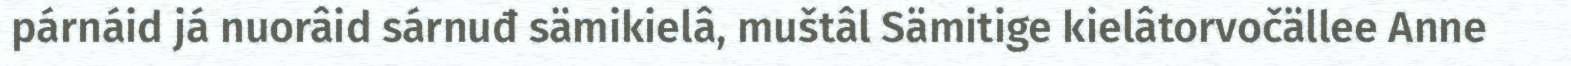
párnáid já nuorâid sárnuđ sämikielâ, muštâl Sämitige kielâtorvočällee Anne